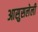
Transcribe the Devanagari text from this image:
आसुसलेली